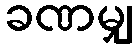
ခဏမျှ